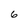
Character: 6